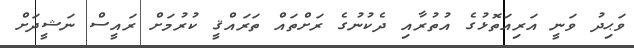
ވަޙިދު ވަނީ އަރިއަތޮޅުގެ އުތުރާއި ދެކުނުގެ ރަށްތައް ތަރައްޤީ ކުރުމަށް ރައީސް ނަޝީދަށް